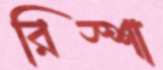
রিস্শা